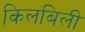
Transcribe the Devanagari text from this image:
किलबिली